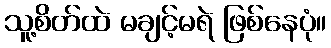
သူ့စိတ်ထဲ မချင့်မရဲ ဖြစ်နေပုံ။